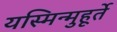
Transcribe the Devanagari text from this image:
यस्मिन्मुहूर्ते